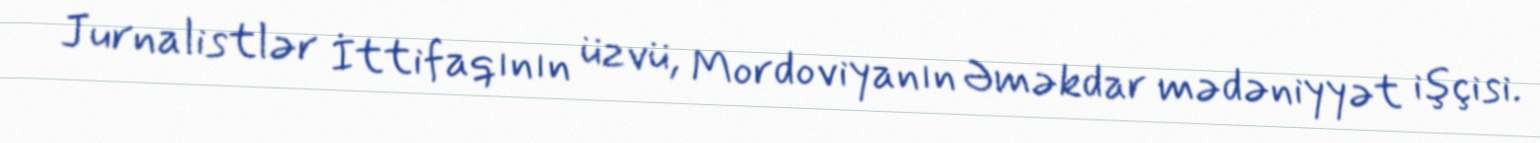
Jurnalistlər İttifaqının üzvü, Mordoviyanın Əməkdar mədəniyyət işçisi.